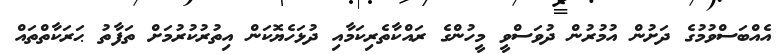
އެއްބަސްވުމުގެ ދަށުން އުމުރުން ދުވަސްވީ މީހުންގެ ރައްކާތެރިކަމާއި ދުޅަހެޔޮކަން އިތުރުކުރުމަށް ތަފާތު ޙަރަކާތްތައް